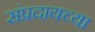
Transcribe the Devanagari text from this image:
संप्रदायच्या